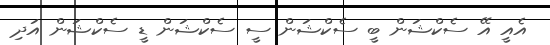
އެއީ އޭ ސެކްޝަން ބީ ސެކްޝަން ސީ ސެކްޝަން ޑީ ސެކްޝަން އަދި